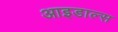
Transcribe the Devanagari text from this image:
आइडाल्स